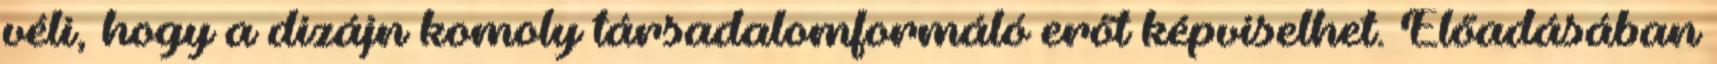
véli, hogy a dizájn komoly társadalomformáló erőt képviselhet. Előadásában